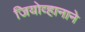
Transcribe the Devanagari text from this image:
जियोव्हानाने